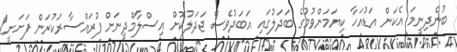
ބުނެދިނީމަ އެކަން އަޑުއަހާ ކިޔަމަންވުމުގެ ބަަދަލުގައި އަބަދުވެސް ޖަދަލުކޮށް އިސްލާމްދީނަށް ފުރައްސާރަކުރަން ފަށަނީ!